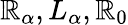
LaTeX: \mathbb{R}_{\alpha},L_{\alpha},\mathbb{R}_{0}